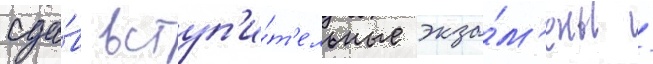
сда́в вступ'и́т'ельные экза́м'ены /